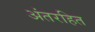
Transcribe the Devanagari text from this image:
अंतरहित